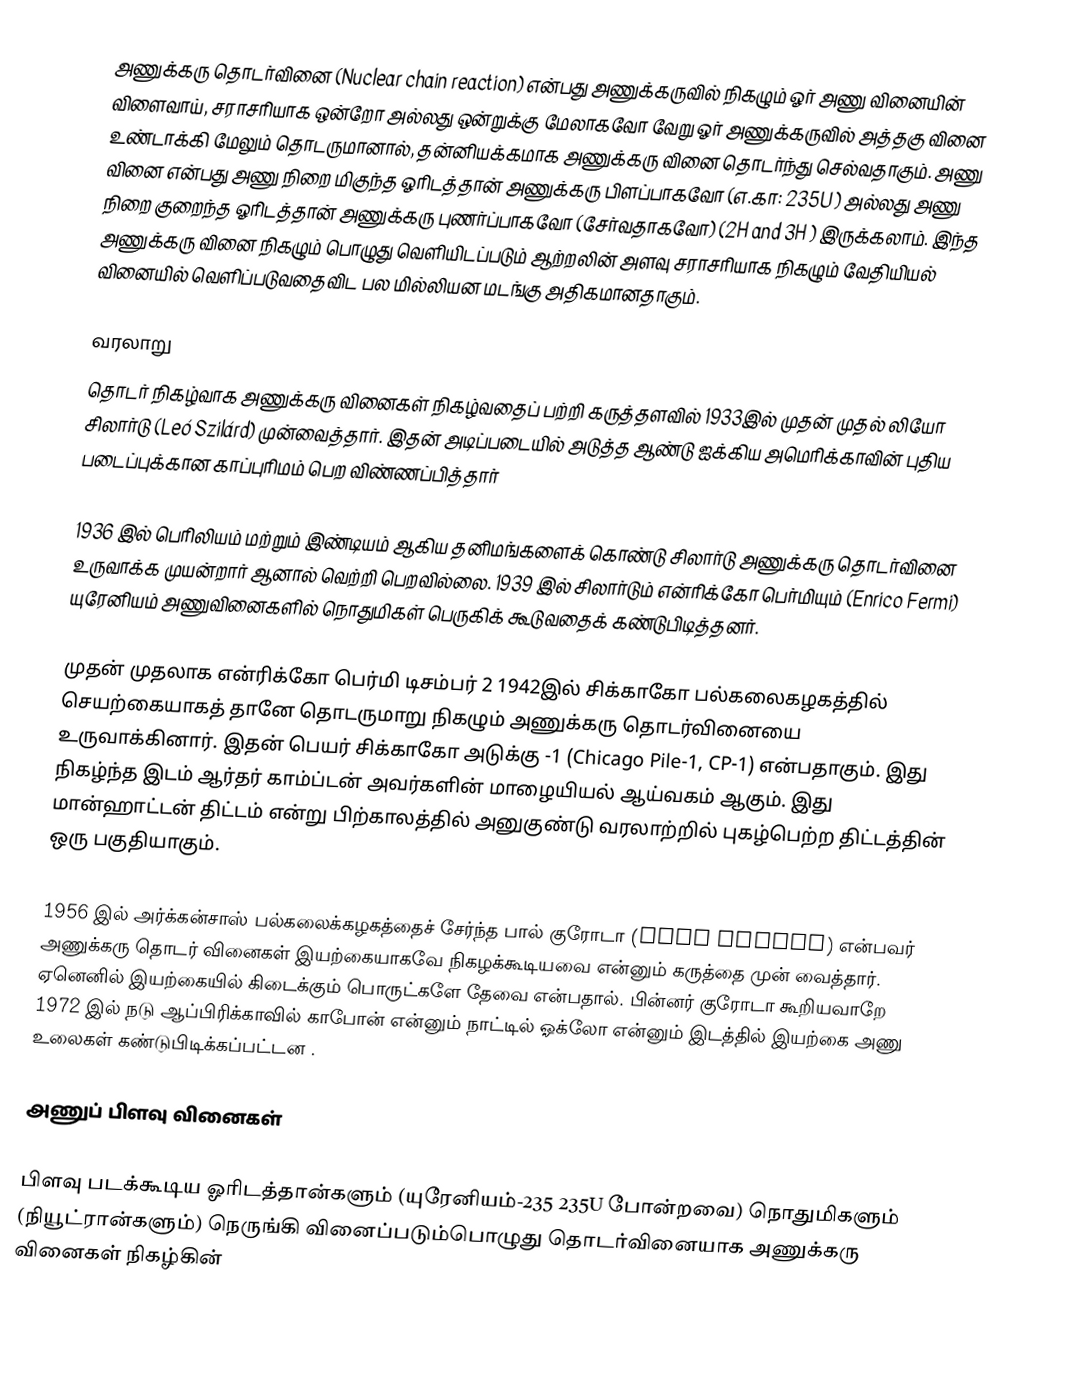
அணுக்கரு தொடர்வினை (Nuclear chain reaction) என்பது அணுக்கருவில் நிகழும் ஓர் அணு வினையின் விளைவாய், சராசரியாக ஒன்றோ அல்லது ஒன்றுக்கு மேலாகவோ வேறு ஓர் அணுக்கருவில் அத்தகு வினை உண்டாக்கி மேலும் தொடருமானால், தன்னியக்கமாக அணுக்கரு வினை தொடர்ந்து செல்வதாகும். அணு வினை என்பது அணு நிறை மிகுந்த ஓரிடத்தான் அணுக்கரு பிளப்பாகவோ (எ.கா: 235U ) அல்லது அணு நிறை குறைந்த ஓரிடத்தான் அணுக்கரு புணர்ப்பாகவோ (சேர்வதாகவோ) (2H and 3H ) இருக்கலாம். இந்த அணுக்கரு வினை நிகழும் பொழுது வெளியிடப்படும் ஆற்றலின் அளவு சராசரியாக நிகழும் வேதியியல் வினையில் வெளிப்படுவதைவிட பல மில்லியன மடங்கு அதிகமானதாகும்.

வரலாறு
தொடர் நிகழ்வாக அணுக்கரு வினைகள் நிகழ்வதைப் பற்றி கருத்தளவில் 1933இல்  முதன் முதல் லியோ சிலார்டு  (Leó Szilárd) முன்வைத்தார்.  இதன் அடிப்படையில் அடுத்த ஆண்டு ஐக்கிய அமெரிக்காவின் புதிய படைப்புக்கான காப்புரிமம் பெற விண்ணப்பித்தார்

1936 இல் பெரிலியம் மற்றும் இண்டியம் ஆகிய தனிமங்களைக் கொண்டு சிலார்டு அணுக்கரு தொடர்வினை உருவாக்க முயன்றார் ஆனால் வெற்றி பெறவில்லை. 1939 இல் சிலார்டும் என்ரிக்கோ பெர்மியும் (Enrico Fermi) யுரேனியம் அணுவினைகளில் நொதுமிகள் பெருகிக் கூடுவதைக் கண்டுபிடித்தனர்.

முதன் முதலாக என்ரிக்கோ பெர்மி டிசம்பர் 2 1942இல் சிக்காகோ பல்கலைகழகத்தில் செயற்கையாகத் தானே தொடருமாறு நிகழும் அணுக்கரு தொடர்வினையை உருவாக்கினார். இதன் பெயர் சிக்காகோ அடுக்கு -1 (Chicago Pile-1, CP-1) என்பதாகும். இது நிகழ்ந்த இடம் ஆர்தர் காம்ப்டன் அவர்களின் மாழையியல் ஆய்வகம் ஆகும். இது மான்ஹாட்டன் திட்டம் என்று பிற்காலத்தில் அனுகுண்டு வரலாற்றில் புகழ்பெற்ற திட்டத்தின் ஒரு பகுதியாகும்.

1956 இல் அர்க்கன்சாஸ் பல்கலைக்கழகத்தைச் சேர்ந்த பால் குரோடா (Paul Kuroda) என்பவர்  அணுக்கரு தொடர் வினைகள் இயற்கையாகவே நிகழக்கூடியவை என்னும் கருத்தை முன் வைத்தார். ஏனெனில் இயற்கையில் கிடைக்கும் பொருட்களே தேவை என்பதால். பின்னர் குரோடா கூறியவாறே 1972 இல் நடு ஆப்பிரிக்காவில் காபோன் என்னும் நாட்டில் ஓக்லோ என்னும் இடத்தில் இயற்கை அணு உலைகள் கண்டுபிடிக்கப்பட்டன .

அணுப் பிளவு வினைகள்

பிளவு படக்கூடிய ஓரிடத்தான்களும் (யுரேனியம்-235 235U போன்றவை)  நொதுமிகளும் (நியூட்ரான்களும்) நெருங்கி வினைப்படும்பொழுது தொடர்வினையாக அணுக்கரு வினைகள் நிகழ்கின்